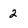
Character: 2